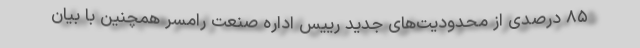
۸۵ درصدی از محدودیت‌های جدید رییس اداره صنعت رامسر همچنین با بیان